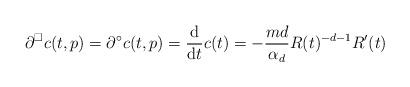
LaTeX: \begin{align*}\partial^\square c(t,p) = \partial^\circ c(t,p)= \frac{\mathrm{d}}{\mathrm{d}t} c(t)= -\frac{md}{\alpha_d} R(t)^{-d-1} R'(t)\end{align*}